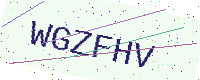
Text: WGZFHV